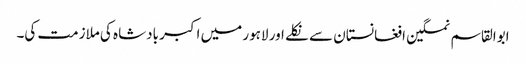
ابوالقاسم نمکین افغانستان سے نکلے اور لاہور میں اکبر بادشاہ کی ملازمت کی۔